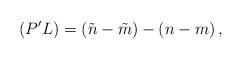
LaTeX: \begin{align*}(P'L) = (\tilde{n} - \tilde{m}) - (n -m) \,,\end{align*}